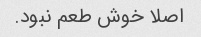
اصلا خوش طعم نبود.